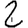
Digit: 2